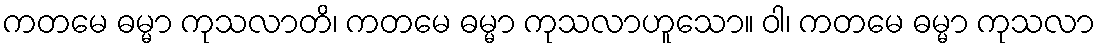
ကတမေ ဓမ္မာ ကုသလာတိ၊ ကတမေ ဓမ္မာ ကုသလာဟူသော။ ဝါ၊ ကတမေ ဓမ္မာ ကုသလာ